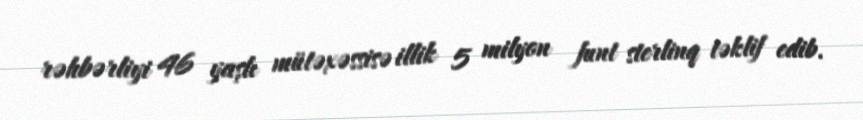
rəhbərliyi 46 yaşlı mütəxəssisə illik 5 milyon funt sterlinq təklif edib.